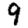
Digit: 9